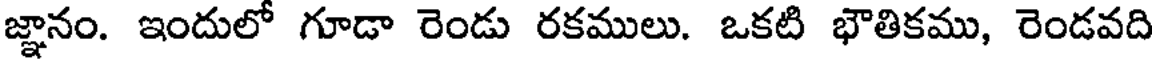
జ్ఞానం. ఇందులో గూడా రెండు రకములు. ఒకటి భౌతికము, రెండవది